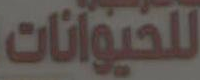
للحيوانات